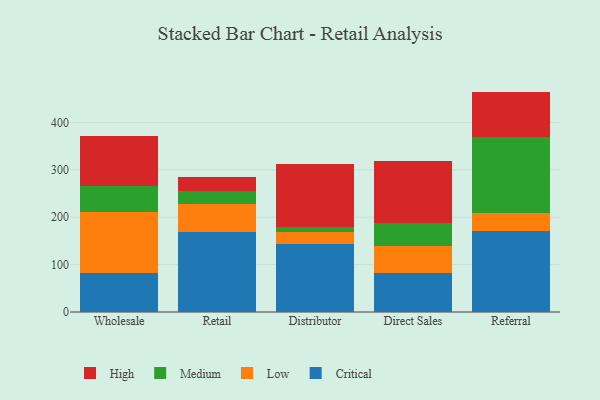
{"axis": {"x": "Channel", "y": "Temperature (°C)"}, "legend": ["Critical", "High", "Low", "Medium"], "data": [{"x": "Wholesale", "y": 83.1, "type": "Critical"}, {"x": "Wholesale", "y": 128.4, "type": "Low"}, {"x": "Wholesale", "y": 54.2, "type": "Medium"}, {"x": "Wholesale", "y": 106.3, "type": "High"}, {"x": "Retail", "y": 168.5, "type": "Critical"}, {"x": "Retail", "y": 59.2, "type": "Low"}, {"x": "Retail", "y": 28.1, "type": "Medium"}, {"x": "Retail", "y": 29.4, "type": "High"}, {"x": "Distributor", "y": 142.9, "type": "Critical"}, {"x": "Distributor", "y": 26.2, "type": "Low"}, {"x": "Distributor", "y": 10.7, "type": "Medium"}, {"x": "Distributor", "y": 132.8, "type": "High"}, {"x": "Direct Sales", "y": 83.1, "type": "Critical"}, {"x": "Direct Sales", "y": 55.5, "type": "Low"}, {"x": "Direct Sales", "y": 48.7, "type": "Medium"}, {"x": "Direct Sales", "y": 131.5, "type": "High"}, {"x": "Referral", "y": 170.9, "type": "Critical"}, {"x": "Referral", "y": 37.5, "type": "Low"}, {"x": "Referral", "y": 160.8, "type": "Medium"}, {"x": "Referral", "y": 95.8, "type": "High"}]}